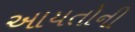
આયતોની